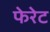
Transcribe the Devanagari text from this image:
फेरेट